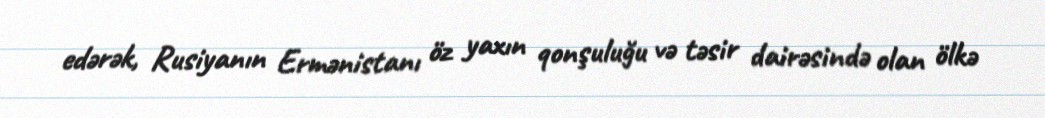
edərək, Rusiyanın Ermənistanı öz yaxın qonşuluğu və təsir dairəsində olan ölkə